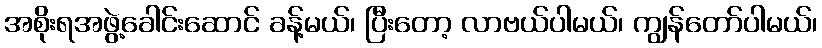
အစိုးရအဖွဲ့ခေါင်းဆောင် ခန့်မယ်၊ ပြီးတော့ လာဗယ်ပါမယ်၊ ကျွန်တော်ပါမယ်၊